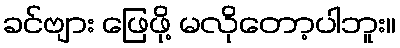
ခင်ဗျား ဖြေဖို့ မလိုတော့ပါဘူး။